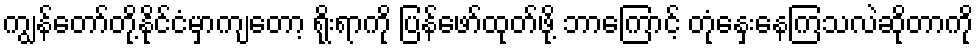
ကျွန်တော်တို့နိုင်ငံမှာကျတော့ ရိုးရာကို ပြန်ဖော်ထုတ်ဖို့ ဘာကြောင့် တုံနှေးနေကြသလဲဆိုတာကို